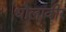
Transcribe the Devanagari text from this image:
धौलावीर